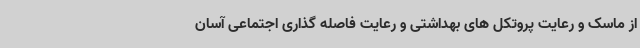
از ماسک و رعایت پروتکل های بهداشتی و رعایت فاصله گذاری اجتماعی آسان